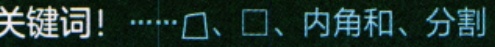
关键词！……□、□、内角和、分割